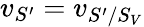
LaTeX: v_{S^{\prime}}=v_{S^{\prime}/S_{V}}